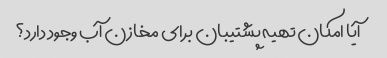
آیا امکان تهیه پشتیبان برای مخازن آب وجود دارد؟